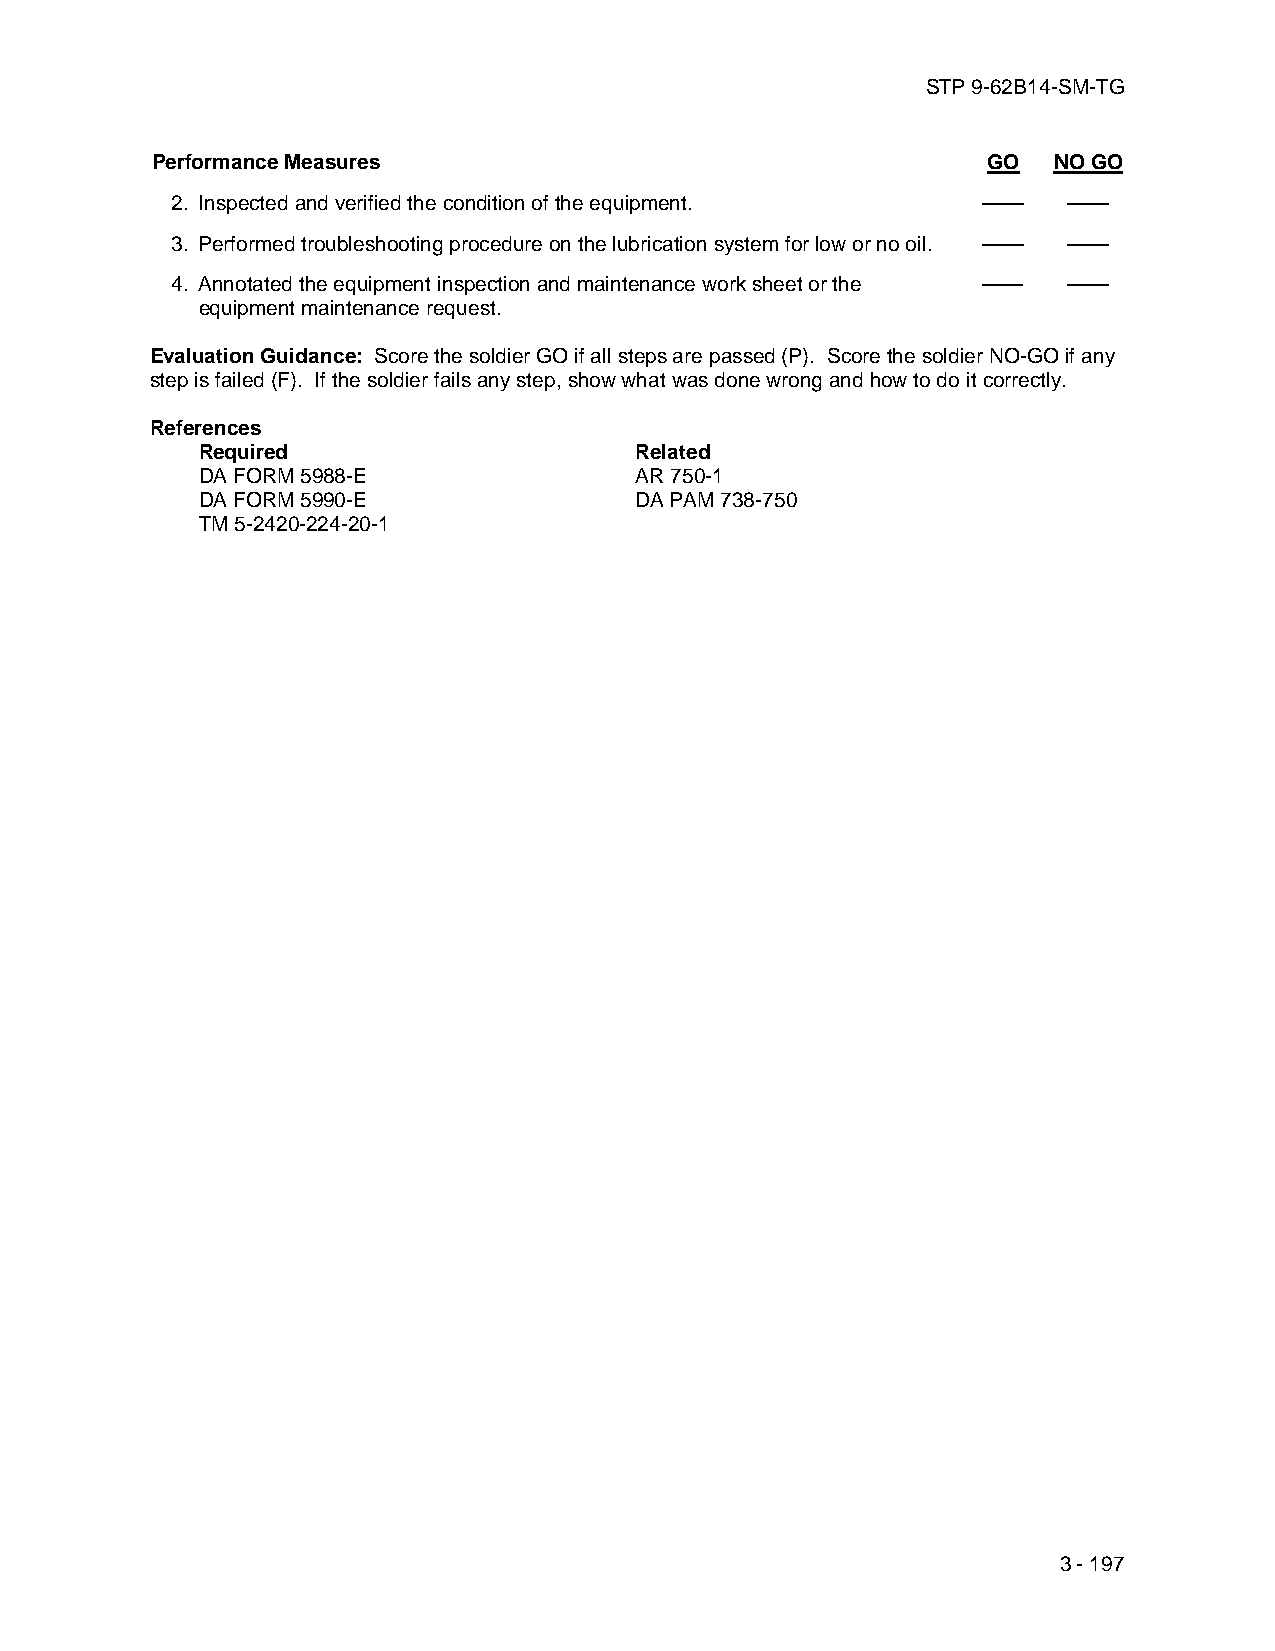
STP 9-62B14-SM-TG
 Performance Measures                                   GO   NO GO
 2. Inspected and verified the condition of the equipment. —— ——
 3. Performed troubleshooting procedure on the lubrication system for low or no oil. —— ——
 4. Annotated the equipment inspection and maintenance work sheet or the —— ——
 equipment maintenance request.
 Evaluation Guidance: Score the soldier GO if all steps are passed (P). Score the soldier NO-GO if any
 step is failed (F). If the soldier fails any step, show what was done wrong and how to do it correctly.
 References
 Required                     Related
 DA FORM 5988-E               AR 750-1
 DA FORM 5990-E               DA PAM 738-750
 TM 5-2420-224-20-1
 3 - 197